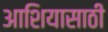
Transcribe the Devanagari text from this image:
आशियासाठी